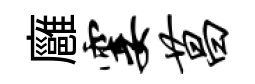
廱霎菖